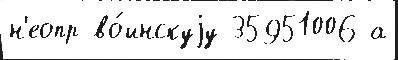
н'еопр во́инскуjу 35951006 а